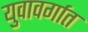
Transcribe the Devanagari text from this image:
युवावर्गात